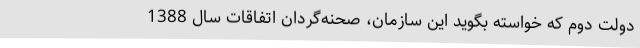
دولت دوم که خواسته بگوید این سازمان، صحنه‌‌گردان اتفاقات سال 1388